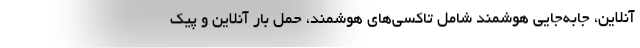
آنلاین، جابه‌جایی هوشمند شامل تاکسی‌های هوشمند، حمل بار آنلاین و پیک